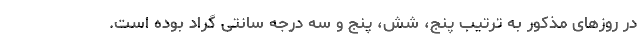
در روزهای مذکور به ترتیب پنج، شش، پنج و سه درجه سانتی گراد بوده است.